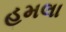
હમલા